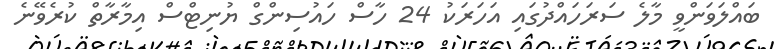
ބައްލަވަންވީ މާލެ ސަރަހައްދުގައި އަހަރަކު 24 ހާސް ހައުސިންގް ޔުނިޓްސް އިމާރާތް ކުރެވޭނެ